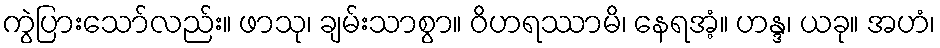
ကွဲပြားသော်လည်း။ ဖာသု၊ ချမ်းသာစွာ။ ဝိဟရဿာမိ၊ နေရအံ့။ ဟန္ဒ၊ ယခု။ အဟံ၊